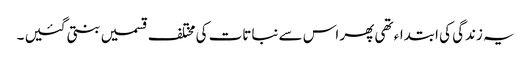
یہ زندگی کی ابتداء تھی پھر اس سے نباتات کی مختلف قسمیں بنتی گئیں ۔